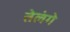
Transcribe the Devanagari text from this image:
तेलंगे